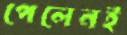
পেলেনই